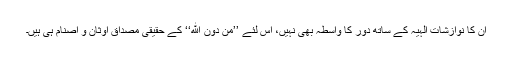
ان کا نوازشاتِ الہٰیہ کے ساتھ دور کا واسطہ بھی نہیں، اس لئے ’’مِنْ دُوْنِ اللهِ‘‘ کے حقیقی مصداق اوثان و اصنام ہی ہیں۔